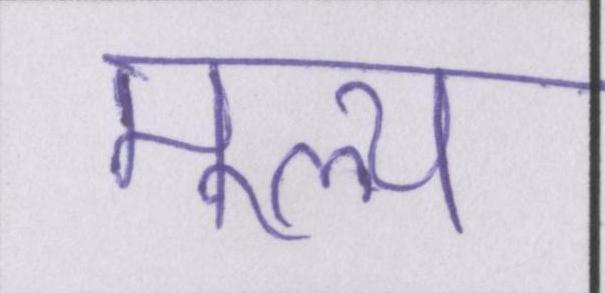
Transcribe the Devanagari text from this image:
मूल्य